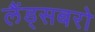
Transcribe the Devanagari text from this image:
लैंड्सबरो